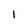
Character: 1